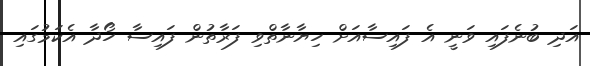
އަދި ބުނެފައި ވަނީ އެ ފައިސާއަށް ހިޔާނާތްވި ފަރާތުން ފައިސާ ހޯދާ އެކަމުގައި